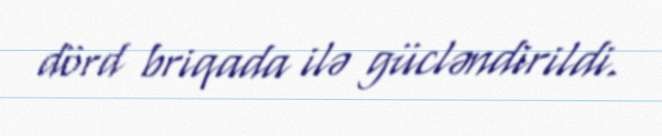
dörd briqada ilə gücləndirildi.